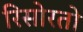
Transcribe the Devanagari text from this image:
रिसोरतो